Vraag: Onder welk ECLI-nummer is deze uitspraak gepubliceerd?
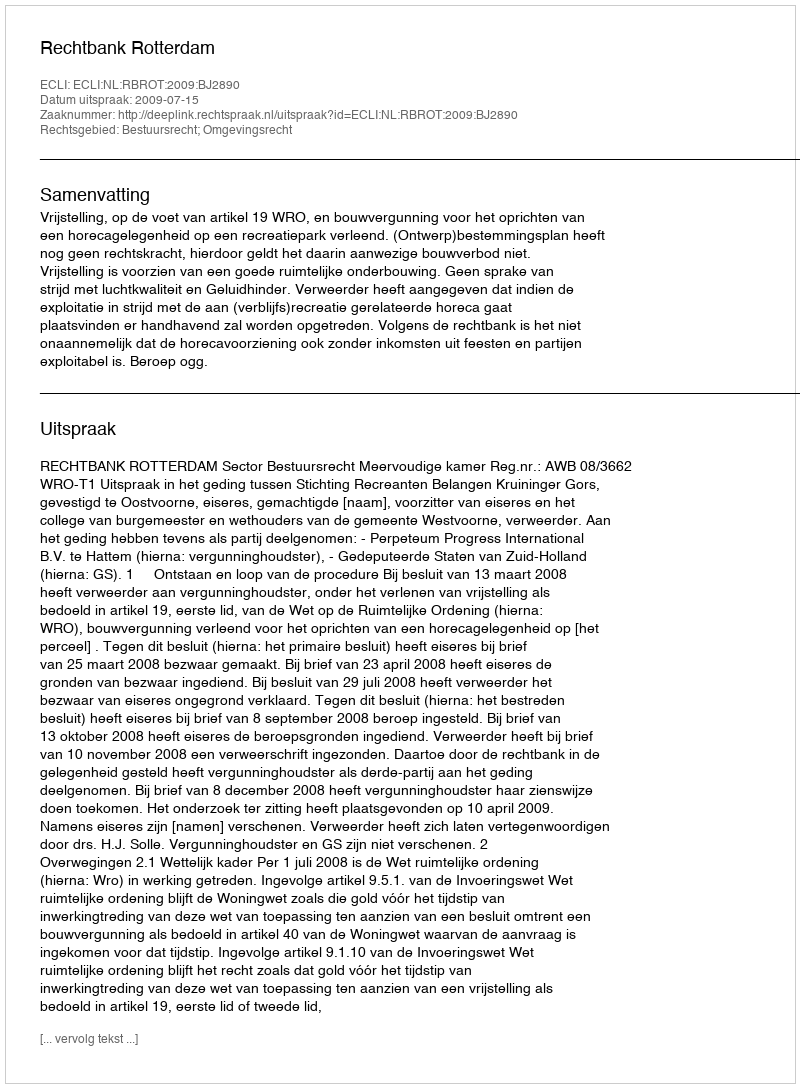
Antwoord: ECLI:NL:RBROT:2009:BJ2890